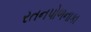
રતનપોળનાકા